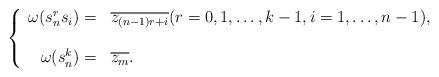
LaTeX: \begin{align*}\left\{\begin{array}{rl}\omega(s_n^rs_i)=&\overline{z_{(n-1)r+i}}(r=0,1,\ldots,k-1, i=1,\ldots,n-1),\\\\\omega(s_n^k)=&\overline{z_m}.\end{array}\right.\end{align*}